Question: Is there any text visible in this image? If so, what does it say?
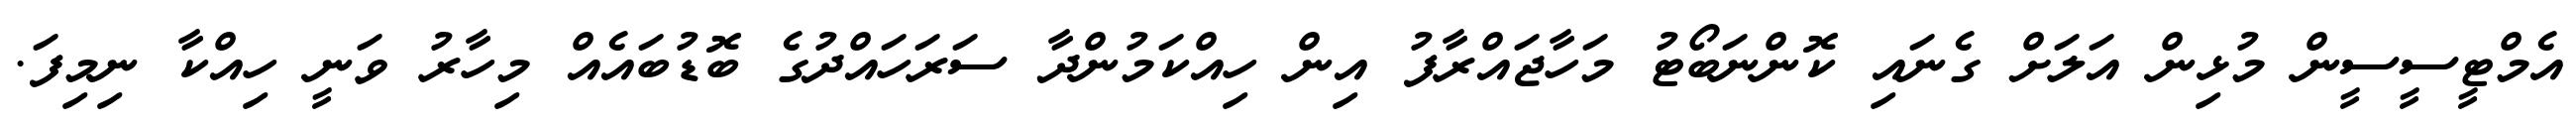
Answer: އެމްޓީސީސީން މުޅިން އަލަށް ގެނައި ކޮންނަބޯޓު މަހާޖައްރާފު އިން ހިއްކަމުންދާ ސަރަހައްދުގެ ބޮޑުބައެއް މިހާރު ވަނީ ހިއްކާ ނިމިފަ.